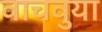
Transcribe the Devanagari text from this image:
वाचवुया